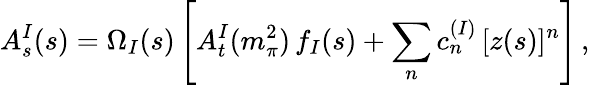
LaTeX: A_{s}^{I}(s)=\Omega_{I}(s)\left[A_{t}^{I}(m_{\pi}^{2})\, f_{I}(s)+\sum_{n}c_{n}^{(I)}\, [z(s)]^{n}\right]\, ,